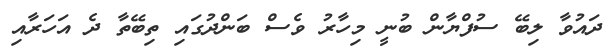
ދައުވާ ލިބޭ ސުފްޔާން ބުނީ މިހާރު ވެސް ބަންދުގައި ތިބޭތާ ދެ އަހަރާއި